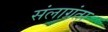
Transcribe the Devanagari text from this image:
संलाग्रंता